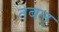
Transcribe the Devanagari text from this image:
तबल्